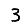
Digit: 3